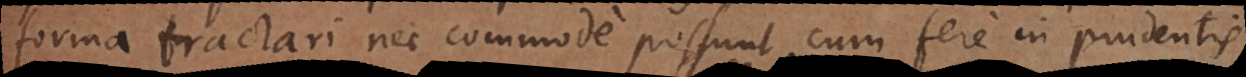
forma tractari nec commode possunt, cum fere in prudentis